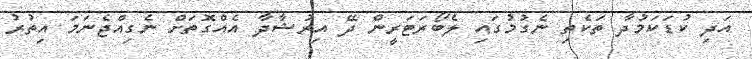
އަދި ކުޑަކަމުދާ ތަކެތި ނެގުމުގައި ލެބޯރަޓަރީން ދޭ އިރުޝާދާ އެއްގޮތަށް ނެގިއްޖެނަމަ އިތުރު